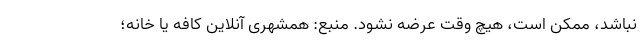
نباشد، ممکن است، هیچ وقت عرضه نشود. منبع: همشهری آنلاین کافه یا خانه؛